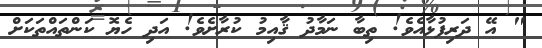
" އޭ ދަރިފުޅާއެވެ! ތިބާ ނަމާދު ޤާއިމު ކުރާށެވެ! އަދި ހެޔޮ ކަންތައްތަކަށް